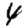
Digit: 4